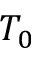
T _ { 0 }